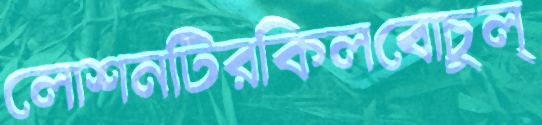
লোশনটিরকিলবোচুল্‌